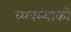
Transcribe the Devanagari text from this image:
व्यवस्थाको